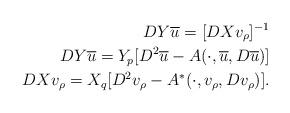
LaTeX: \begin{align*} DY\overline{u} = [DXv_\rho]^{-1}\\ DY\overline{u} = Y_p[D^2\overline{u}-A(\cdot,\overline{u},D\overline{u})]\\ DXv_\rho = X_q[D^2v_\rho-A^*(\cdot,v_\rho,Dv_\rho)]. \end{align*}